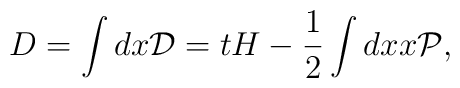
D=\int dx {\cal D}=tH-{1\over 2}\int dx x \cal{P},